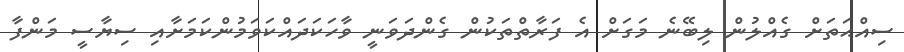
ސިއްޙަތަށް ގެއްލުން ލިބޭނެ މަގަށް އެ ފަރާތްތަކުން ގެންދަވަނީ ވާހަކަދައްކަވަމުންކަމަށާއި ސިޔާސީ މަންފާ